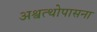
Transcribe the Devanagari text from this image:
अश्वत्थोपासना